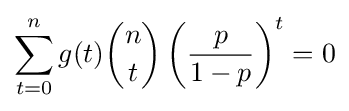
\sum _{t=0}^{n}g(t){n \choose t}\left({\frac {p}{1-p}}\right)^{t}=0